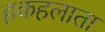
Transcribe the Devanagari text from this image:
हकहलाता